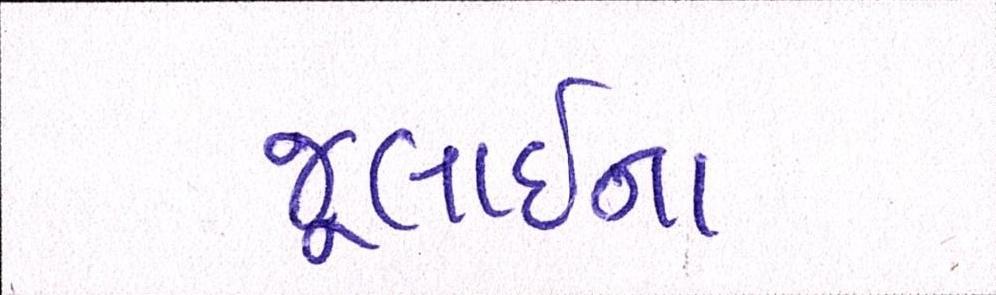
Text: જૂલાઈના